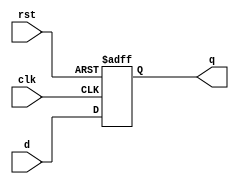
// This program was cloned from: https://github.com/RomeoMe5/DDLM
// License: MIT License



module sm_register
(
    input                 clk,
    input                 rst,
    input      [ 31 : 0 ] d,
    output reg [ 31 : 0 ] q
);
    always @ (posedge clk or negedge rst)
        if(~rst)
            q <= 32'b0;
        else
            q <= d;
endmodule


module sm_register_we
(
    input                 clk,
    input                 rst,
    input                 we,
    input      [ 31 : 0 ] d,
    output reg [ 31 : 0 ] q
);
    always @ (posedge clk or negedge rst)
        if(~rst)
            q <= 32'b0;
        else
            if(we) q <= d;
endmodule